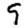
Digit: 9